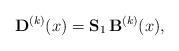
LaTeX: \begin{align*} {\bf D}^{(k)} (x) = {\bf S}_1 \, {\bf B}^{(k)} (x),\end{align*}